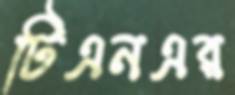
টিএনএর